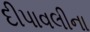
દીપાવલીના